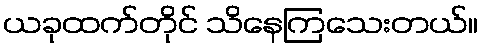
ယခုထက်တိုင် သိနေကြသေးတယ်။